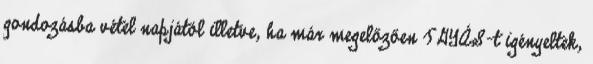
gondozásba vétel napjától illetve, ha már megelőzően TGYÁS-t igényeltek,